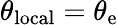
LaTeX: \theta_{\mathrm{{local}}}=\theta_{\mathrm{{e}}}